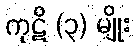
ကုဋိ (၃) မျိုး